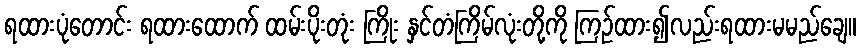
ရထားပုံတောင်း ရထားထောက် ထမ်းပိုးတုံး ကြိုး နှင်တံကြိမ်လုံးတို့ကို ကြဉ်ထား၍လည်းရထားမမည်ချေ။